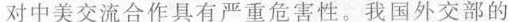
对中美交流合作具有严重危害性。我国外交部的